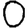
Digit: 0